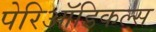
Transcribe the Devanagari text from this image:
पेरिऑडिकल्स